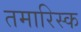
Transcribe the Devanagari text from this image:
तमारिस्क